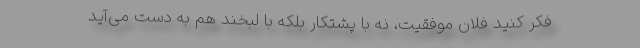
فکر کنید فلان موفقیت، نه با پشتکار بلکه با لبخند هم به دست می‌آید